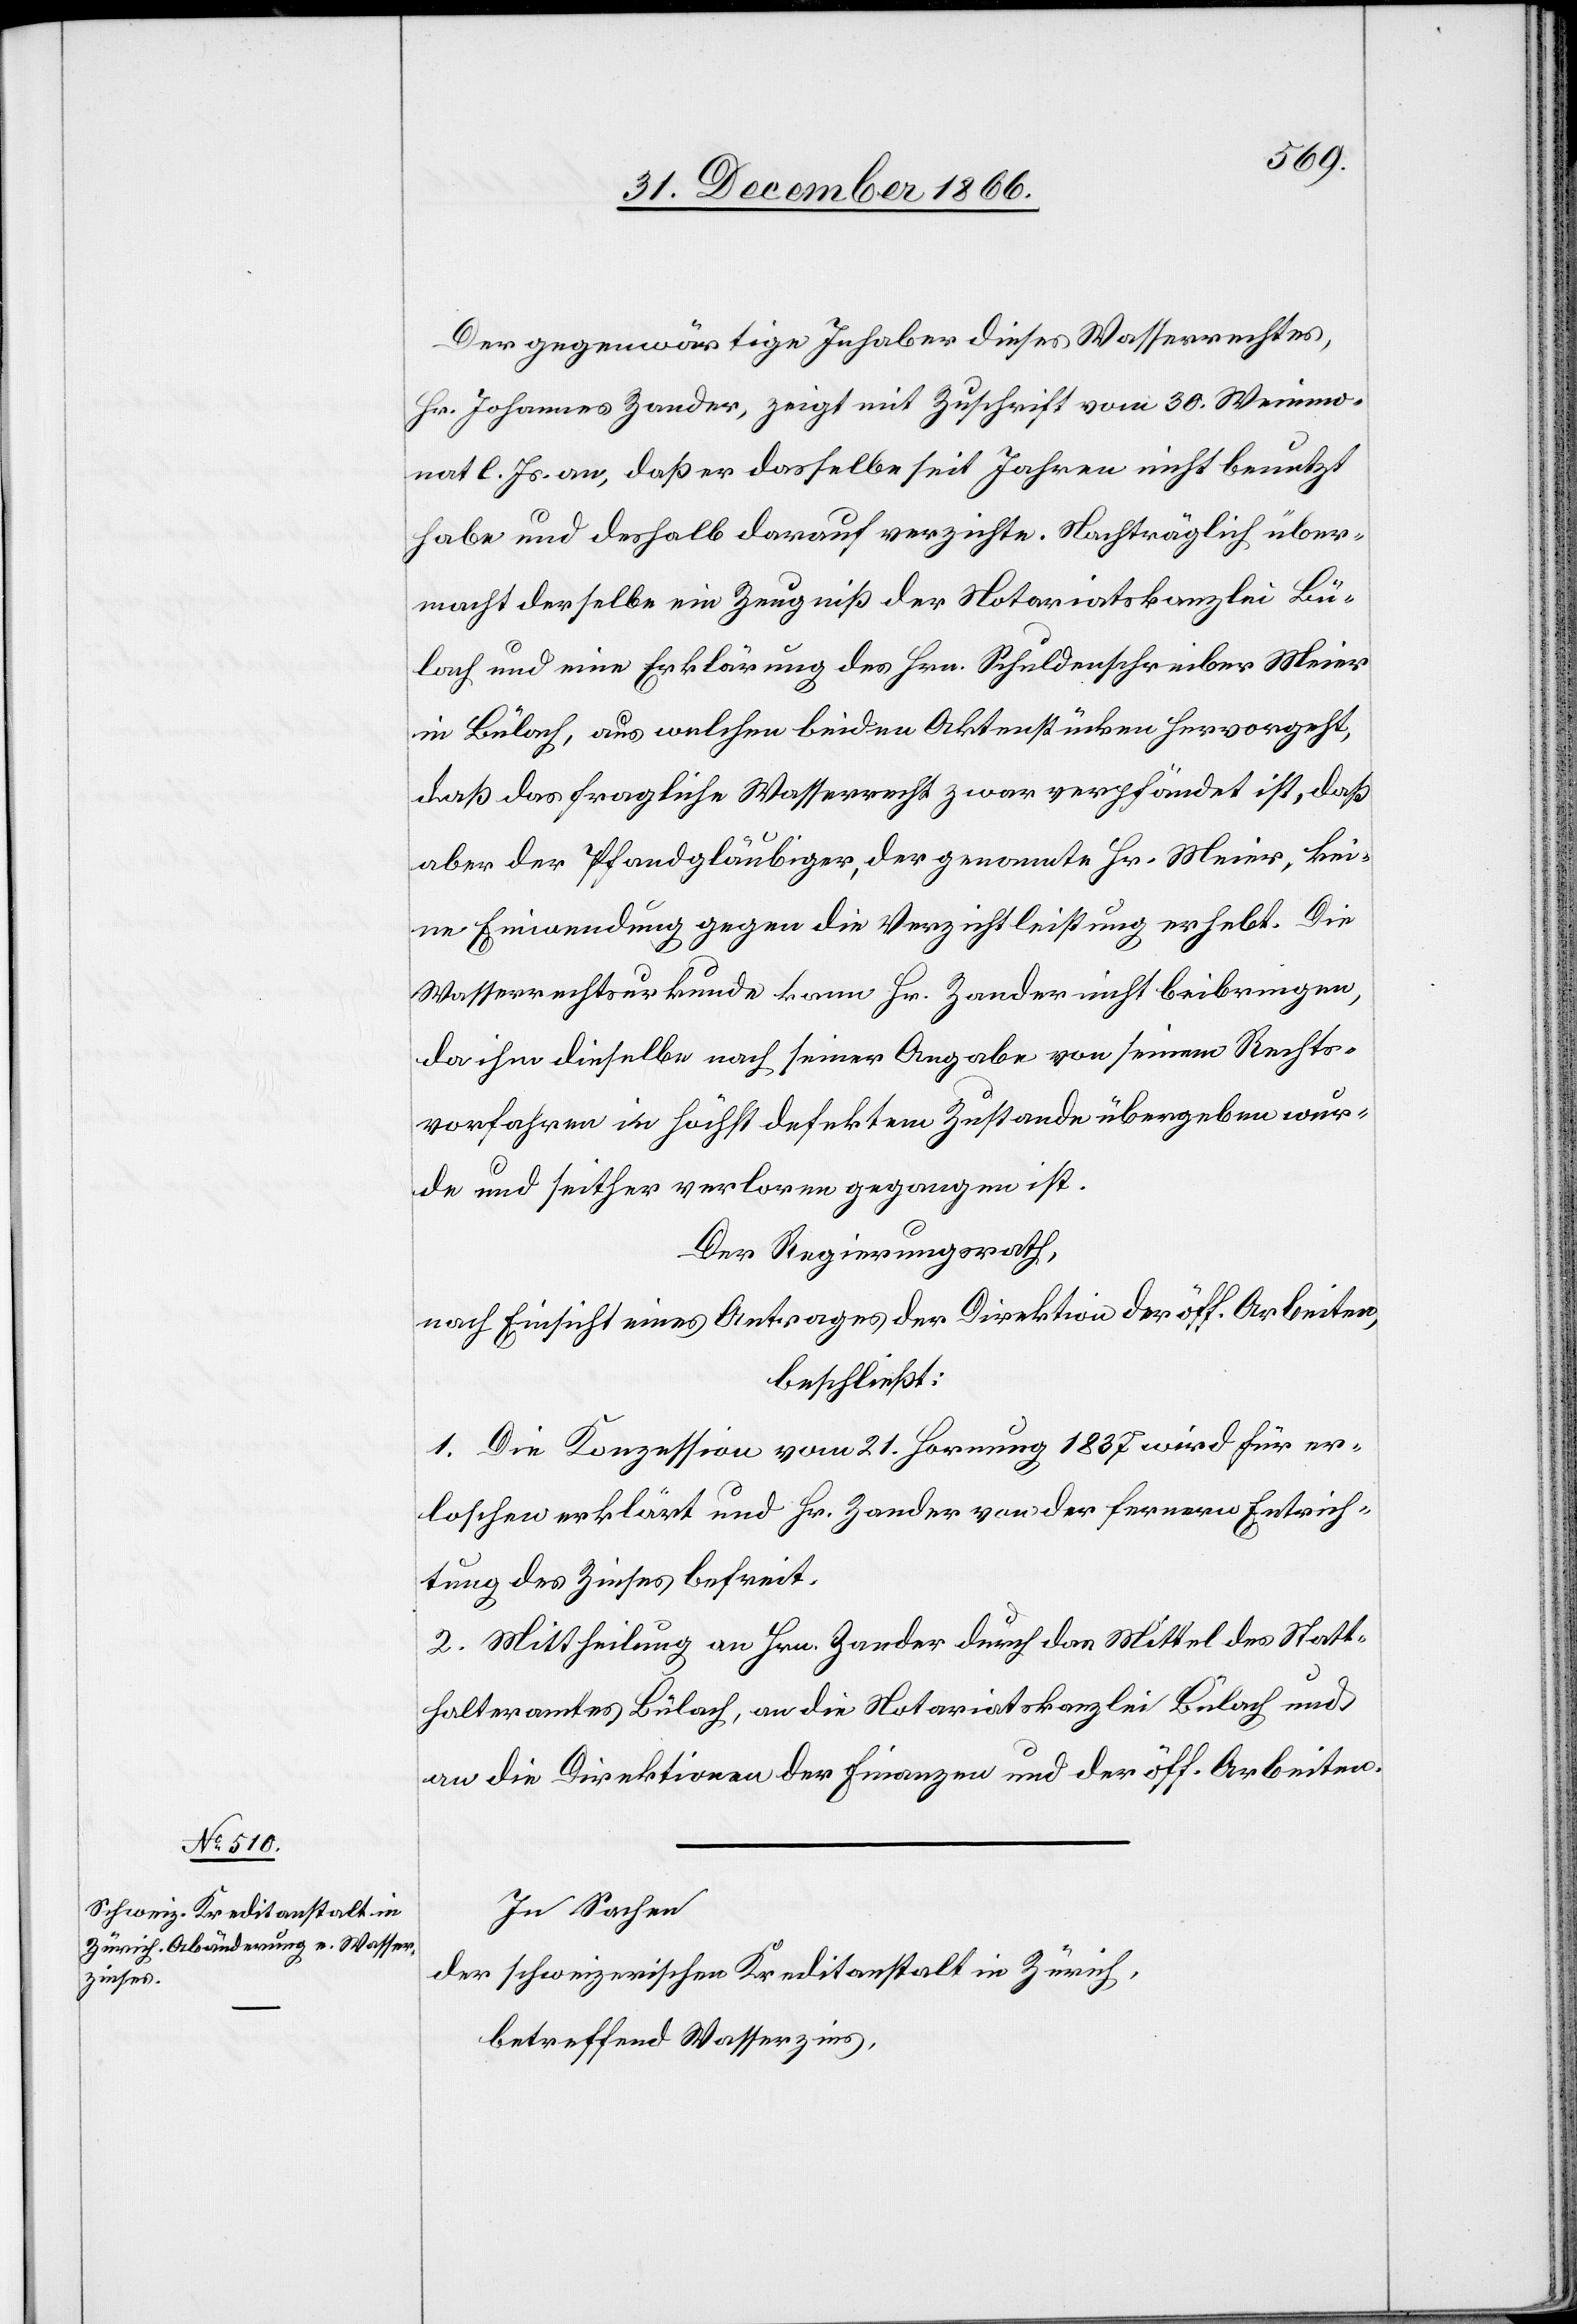
Der gegenwärtige Inhaber dieses Wasserrechtes,
Hr. Johannes Zander, zeigt mit Zuschrift vom 30. Weinmo¬
nat l. Js. an, daß er dasselbe seit Jahren nicht benutzt
habe und deshalb darauf verzichte. Nachträglich über¬
macht derselbe ein Zeugniß der Notariatskanzlei Bü¬
lach und eine Erklärung des Hrn. Schuldenschreiber Meier
in Bülach, aus welchen beiden Aktenstücken hervorgeht,
daß das fragliche Wasserrecht zwar verpfändet ist, daß
aber der Pfandgläubiger, der genannte Hr. Meier, kei¬
ne Einwendung gegen die Verzichtleistung erhebt. Die
Wasserrechtsurkunde kann Hr. Zander nicht beibringen,
da ihm dieselbe nach seiner Angabe von seinem Rechts¬
vorfahren in höchst defektem Zustande übergeben wur¬
de und seither verloren gegangen ist.
Der Regierungsrath,
nach Einsicht eines Antrages der Direktion der öff. Arbeiten,
beschließt:
1. Die Konzession vom 21. Hornung 1837 wird für er¬
loschen erklärt und Hr. Zander von der fernern Entrich¬
tung des Zinses befreit.
2. Mittheilung an Hrn. Zander durch das Mittel des Statt¬
halteramtes Bülach, an die Notariatskanzlei Bülach und
an die Direktionen der Finanzen und der öff. Arbeiten.
In Sachen
der schweizerischen Kreditanstalt in Zürich,
betreffend Wasserzins,